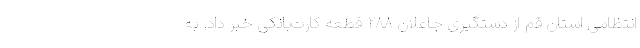
انتظامی استان قم از دستگیری جاعلان ۲۸۸ قطعه کارت‌بانکی خبر داد. به